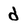
Character: d